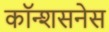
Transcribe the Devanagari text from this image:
कॉन्शसनेस